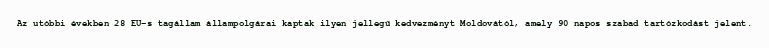
Az utóbbi években 28 EU-s tagállam állampolgárai kaptak ilyen jellegű kedvezményt Moldovától, amely 90 napos szabad tartózkodást jelent.